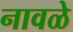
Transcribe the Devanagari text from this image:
नावळे